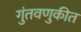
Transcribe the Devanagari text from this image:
गुंतवणुकीत